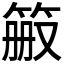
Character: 𬕉